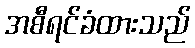
အစီရင်ခံထားသည်